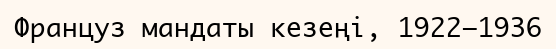
Француз мандаты кезеңі, 1922—1936